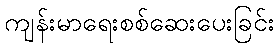
ကျန်းမာရေးစစ်ဆေးပေးခြင်း